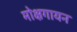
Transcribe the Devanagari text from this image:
मोक्षगायन